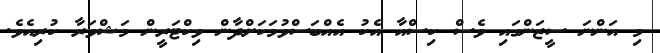
މި އަންނަ ސީޒަންގައި ވެސް ކިސްއާ އެކު އެއްބަސްވުމަކަށްދާން ވިކްޓަރީން މަޝްވަރާ ކުރިއެވެ.